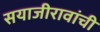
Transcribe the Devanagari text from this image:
सयाजीरावांची